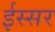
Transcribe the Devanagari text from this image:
ईस्सर